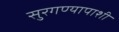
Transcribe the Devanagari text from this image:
सुरगण्यापाशी